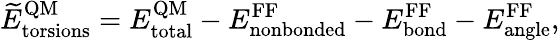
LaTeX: \widetilde E_{\mathrm{torsions}}^{\mathrm{QM}}=E_{\mathrm{total}}^{\mathrm{QM}}-E_{\mathrm{nonbonded}}^{\mathrm{FF}}-E_{\mathrm{bond}}^{\mathrm{FF}}-E_{\mathrm{angle}}^{\mathrm{FF}},